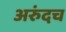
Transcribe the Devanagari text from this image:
अरुंदच